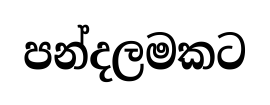
පන්දලමකට